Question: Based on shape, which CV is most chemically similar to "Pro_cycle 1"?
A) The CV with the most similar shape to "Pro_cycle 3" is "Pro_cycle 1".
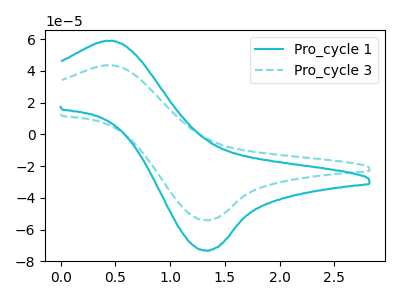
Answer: <think>The cyan curve "Pro_cycle 1" has an anodic peak at (0.45V, 58.75uA) and a cathodic peak at (1.35V, -73.35uA). The cyan dashed curve "Pro_cycle 3" has an anodic peak at (0.45V, 43.40uA) and a cathodic peak at (1.35V, -54.20uA).
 All the peaks in "Pro_cycle 1" have a peak in "Pro_cycle 3" at the same potential. Every peak in "Pro_cycle 1" is higher than every peak in "Pro_cycle 3".</think>
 <answer>A) The CV with the most similar shape to "Pro_cycle 3" is "Pro_cycle 1".</answer>
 <eval>A</eval>